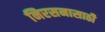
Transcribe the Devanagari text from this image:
निरसनासाठी